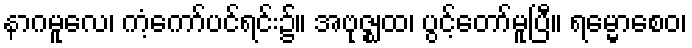
နာဂမူလေ၊ ကံ့ကော်ပင်ရင်း၌။ အဗုဇ္ဈထ၊ ပွင့်တော်မူပြီ။ ရမ္မောစေဝ၊